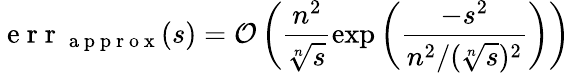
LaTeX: \mathrm{~e~r~r~}_{\mathrm{~a~p~p~r~o~x~}}(s)=\mathcal{O}\left(\frac{n^{2}}{\sqrt[n]{s}}\exp\left(\frac{-s^{2}}{n^{2}/(\sqrt[n]{s})^{2}}\right)\right)